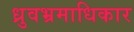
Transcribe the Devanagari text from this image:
ध्रुवभ्रमाधिकार